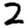
Digit: 2